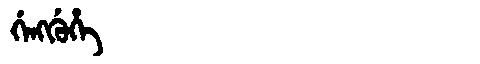
Manchu: ᡤᡝᠩᡤᡠᡥᡝ
Romanization: GENGGUHE